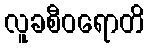
လူခစီဝရောတိ